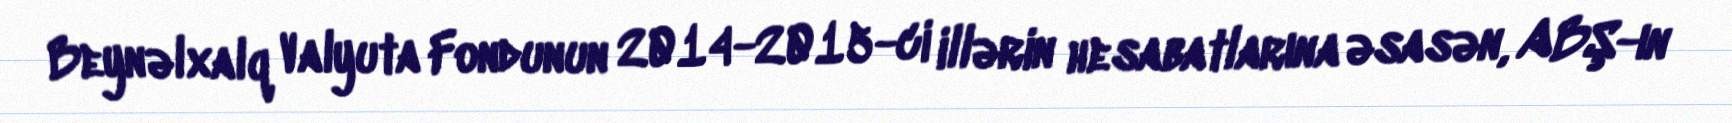
Beynəlxalq Valyuta Fondunun 2014-2015-ci illərin hesabatlarına əsasən, ABŞ-ın